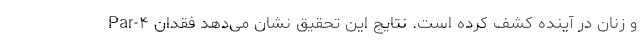
و زنان در آینده کشف کرده است. نتایج این تحقیق نشان می‌دهد فقدان Par-۴